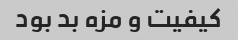
کیفیت و مزه بد بود